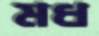
মধ